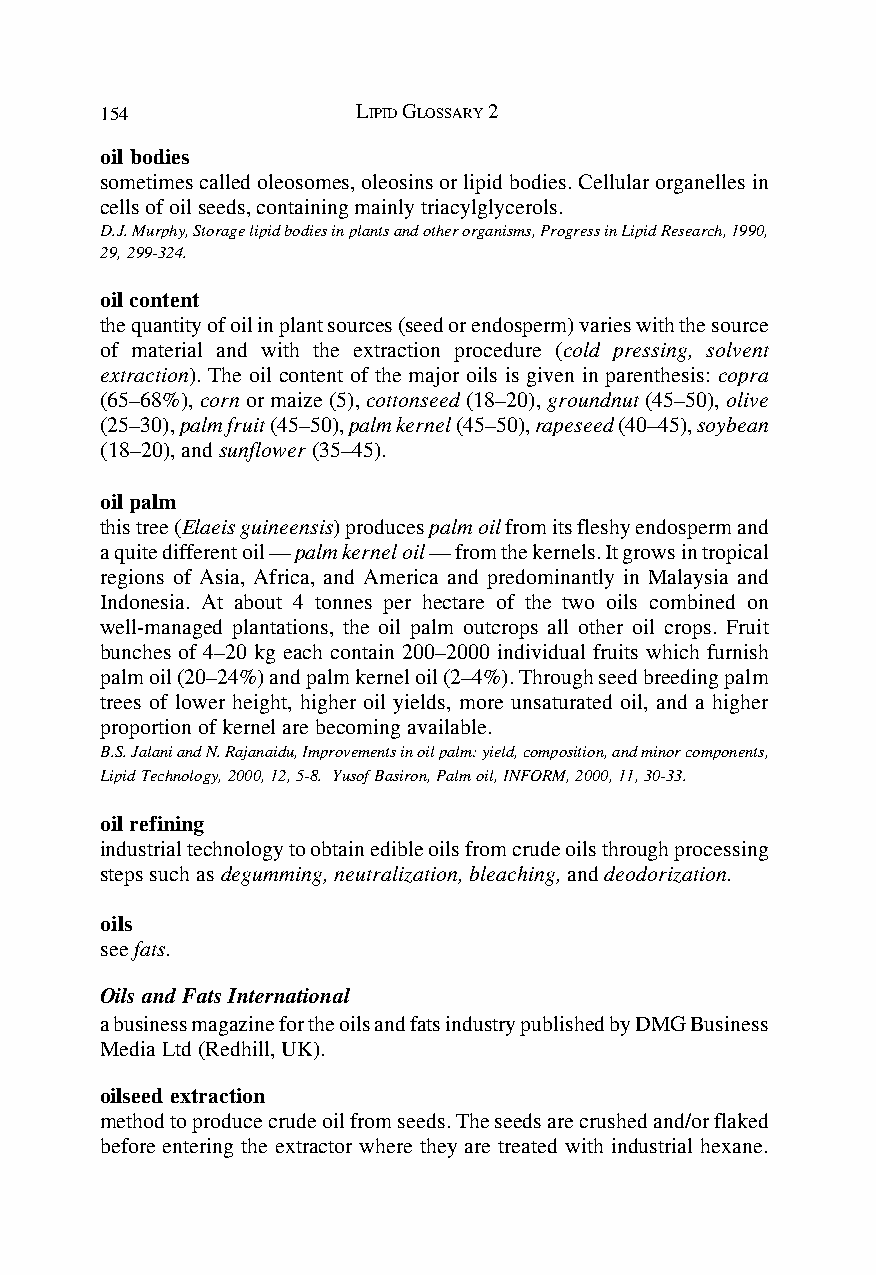
154              LIPID GLOSSARY 2
 oil bodies
 sometimes called oleosomes, oleosins or lipid bodies. Cellular organelles in
 cells of oil seeds, containing mainly triacylglycerols.
 D.J. Murphy, Storage lipid bodies in plants and other organisms, Progress in Lipid Research, 1990,
 29, 299-324.
 oil content
 the quantity of oil in plant sources (seed or endosperm) varies with the source
 of material and with the extraction procedure (cold pressing, solvent
 extraction). The oil content of the major oils is given in parenthesis: copra
 (65–68%), corn or maize (5), cottonseed (18–20), groundnut (45–50), olive
 (25–30), palm fruit (45–50), palm kernel (45–50), rapeseed (40–45), soybean
 (18–20), and sunflower (35–45).
 oil palm
 this tree (Elaeis guineensis) produces palm oil from its fleshy endosperm and
 a quite different oil — palm kernel oil — from the kernels. It grows in tropical
 regions of Asia, Africa, and America and predominantly in Malaysia and
 Indonesia. At about 4 tonnes per hectare of the two oils combined on
 well-managed plantations, the oil palm outcrops all other oil crops. Fruit
 bunches of 4–20 kg each contain 200–2000 individual fruits which furnish
 palm oil (20–24%) and palm kernel oil (2–4%). Through seed breeding palm
 trees of lower height, higher oil yields, more unsaturated oil, and a higher
 proportion of kernel are becoming available.
 B.S. Jalani and N. Rajanaidu, Improvements in oil palm: yield, composition, and minor components,
 Lipid Technology, 2000, 12, 5-8. Yusof Basiron, Palm oil, INFORM, 2000, 11, 30-33.
 oil refining
 industrial technology to obtain edible oils from crude oils through processing
 steps such as degumming, neutralization, bleaching, and deodorization.
 oils
 see fats.
 Oils and Fats International
 a business magazine for the oils and fats industry published by DMG Business
 Media Ltd (Redhill, UK).
 oilseed extraction
 method to produce crude oil from seeds. The seeds are crushed and/or flaked
 before entering the extractor where they are treated with industrial hexane.